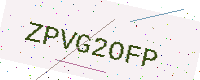
Text: ZPVG2OFP